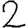
Digit: 2